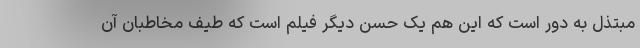
مبتذل به دور است که این هم یک حسن دیگر فیلم است که طیف مخاطبان آن